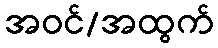
အဝင်/အထွက်